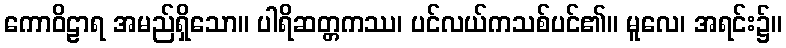
ကောဝိဠာရ အမည်ရှိသော။ ပါရိဆတ္တကဿ၊ ပင်လယ်ကသစ်ပင်၏။ မူလေ၊ အရင်း၌။